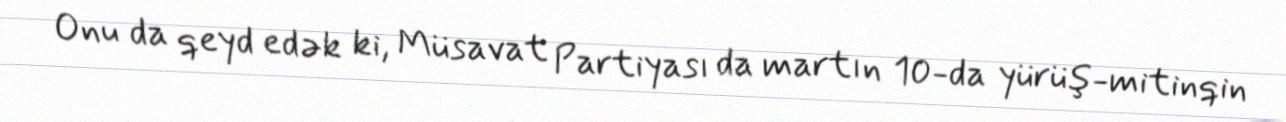
Onu da qeyd edək ki, Müsavat Partiyası da martın 10-da yürüş-mitinqin